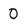
Character: 0